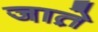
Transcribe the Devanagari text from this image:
जात़े